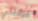
عرفتني